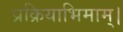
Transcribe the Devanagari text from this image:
प्रक्रियाभिमाम्।